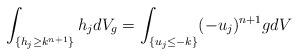
LaTeX: \begin{align*} \int_{\{h_j \geq k^{n+1}\}} h_j d V_g = \int_{\{u_j \leq - k\}} (-u_j)^{n+1} g d V \end{align*}